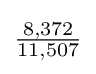
{\tfrac {8,372}{11,507}}